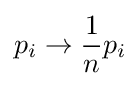
p_{i}\to {\frac {1}{n}}p_{i}